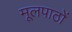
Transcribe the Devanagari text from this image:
मूलपाठों